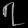
Digit: ၇